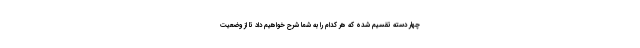
چهار دسته تقسیم شده که هر کدام را به شما شرح خواهیم داد تا از وضعیت